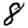
Digit: 8